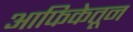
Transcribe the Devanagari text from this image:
आफिकेतून